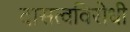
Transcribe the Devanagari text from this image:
दासत्वविरोधी